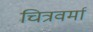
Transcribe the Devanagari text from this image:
चित्रवर्मा